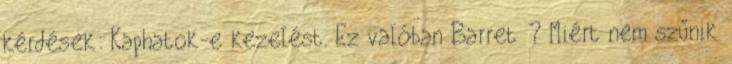
kérdések: Kaphatok-e kezelést. Ez valóban Barret ? Miért nem szűnik